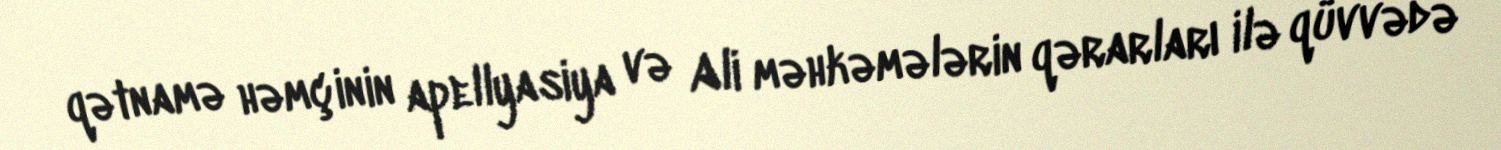
qətnamə həmçinin apellyasiya və Ali məhkəmələrin qərarları ilə qüvvədə